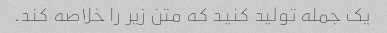
یک جمله تولید کنید که متن زیر را خلاصه کند.